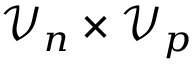
\mathcal { V } _ { n } \times \mathcal { V } _ { p }